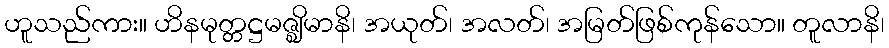
ဟူသည်ကား။ ဟိနမုတ္တဋ္ဌမဇ္ဈိမာနိ၊ အယုတ်၊ အလတ်၊ အမြတ်ဖြစ်ကုန်သော။ တူလာနိ၊